Materia medica of Madras volume I
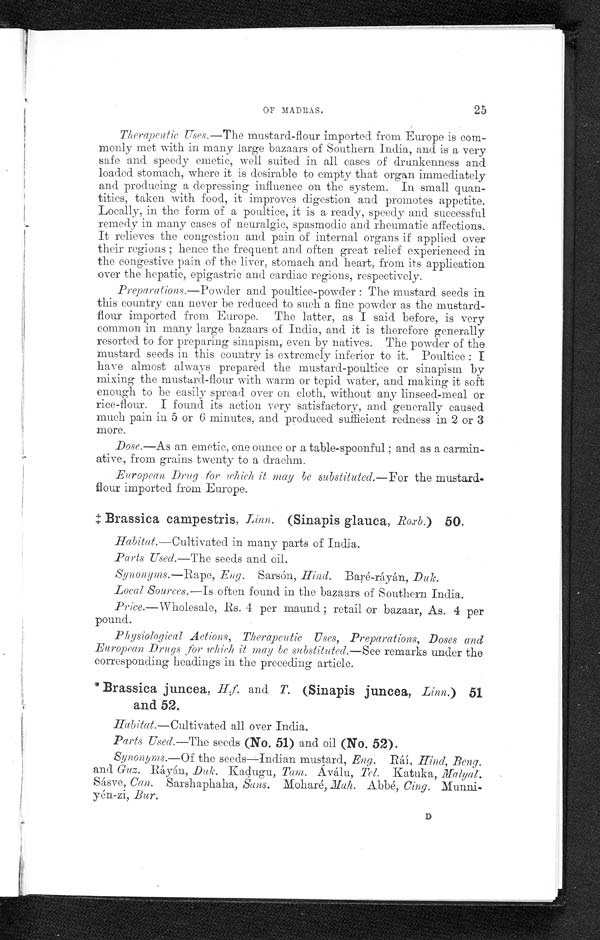
OF MADRAS.
25
Therapeutic Uses.—The mustard-flour imported from Europe is com-
monly met with in many large bazaars of Southern India, and is a very
safe and speedy emetic, well suited in all cases of drunkenness and
loaded stomach, where it is desirable to empty that organ immediately
and producing a depressing influence on the system. In small quan-
tities, taken with food, it improves digestion and promotes appetite.
Locally, in the form of a poultice, it is a ready, speedy and successful
remedy in many cases of neuralgic, spasmodic and rheumatic affections.
It relieves the congestion and pain of internal organs if applied over
their regions ; hence the frequent and often great relief experienced in
the congestive pain of the liver, stomach and heart, from its application
over the hepatic, epigastric and cardiac regions, respectively.
Preparations.—Powder and poultice-powder : The mustard seeds in
this country can never be reduced to such a fine powder as the mustard-
flour imported from Europe. The latter, as I said before, is very
common in many large bazaars of India, and it is therefore generally
resorted to for preparing sinapism, even by natives. The powder of the
mustard seeds in this country is extremely inferior to it. Poultice : I
have almost always prepared the mustard-poultice or sinapism by
mixing the mustard-flour with warm or tepid water, and making it soft
enough to be easily spread over on cloth, without any linseed-meal or
rice-flour. I found its action very satisfactory, and generally caused
much pain in 5 or 6 minutes, and produced sufficient redness in 2 or 3
more.
Dose.—As an emetic, one ounce or a table-spoonful ; and as a carmin-
ative, from grains twenty to a drachm.
European Drug for which it may be substituted.—For the mustard-
flour imported from Europe.
‡ Brassica campestris, Linn. (Sinapis glauca, Roxb.) 50.
Habitat.—Cultivated in many parts of India.
Parts Used.—The seeds and oil.
Synonyms.—Rape, Eng. Sarsón, Hind. Baré-ráyán,
Local Sources.—Is often found in the bazaars of Southern India.
Price.—Wholesale, Rs. 4 per maund ; retail or bazaar, As. 4 per
pound.
Physiological Actions, Therapeutic Uses, Preparations, Doses and
European. Drugs for which it may be substituted.—See remarks under the
corresponding headings in the preceding article.
* Brassica juncea, H.f. and T. (Sinapis juncea, Linn.) 51
and 52.
Habitat.—Cultivated all over India.
Parts Used.—The seeds (No. 51) and oil (No. 52).
Synonyms.—Of the seeds—Indian mustard, Eng. Ráí, Hind, Beng.
and Guz. Ráyán, Duk. Kadugu, Tam. Aválu, Tel. Katuka, Malyal.
Sásve, Can. Sarshaphaha, Sans. Moharé, Mah. Abbé, Cing.
Munni-yén-zi, Bur.